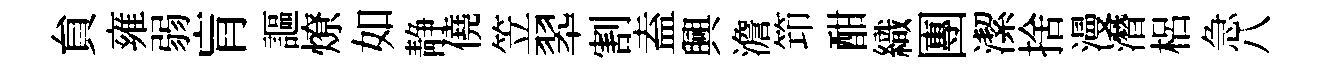
貟雍弱肓謳燎如静僥笠翆割盍興澹笻酣織團潔捨漫潛梠急八